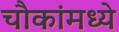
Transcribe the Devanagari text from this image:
चौकांमध्ये